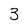
Character: 3